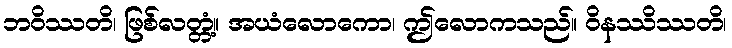
ဘဝိဿတိ၊ ဖြစ်လတ္တံ့။ အယံလောကော၊ ဤလောကသည်။ ဝိနဿိဿတိ၊